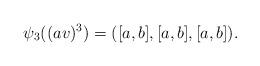
LaTeX: \begin{align*}\psi_3((av)^3)=([a,b], [a,b], [a,b]).\end{align*}